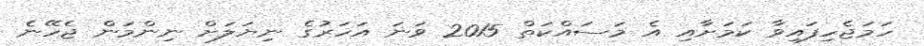
ހަމަޖެހިފައިވާ ކަމަށާއި އެ މަސައްކަތް 2015 ވަނަ އަހަރުގެ ނިޔަލަށް ނިންމަން ޖެހޭނެ